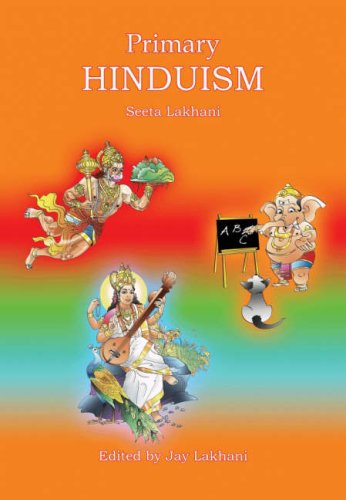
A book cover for Primary Hinduism; Seeta Lakhani; Children's Books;